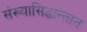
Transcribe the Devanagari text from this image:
संख्यासिद्धान्तात